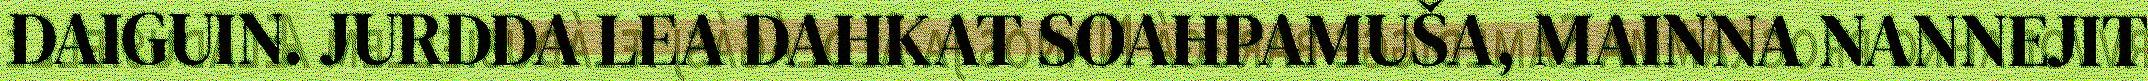
DAIGUIN. JURDDA LEA DAHKAT SOAHPAMUŠA, MAINNA NANNEJIT